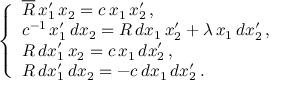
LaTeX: \; \; \; \; \; \left\{ \begin{array} { l } { { \overline { { { R } } } \, x _ { 1 } ^ { \prime } \, x _ { 2 } = c \, x _ { 1 } \, x _ { 2 } ^ { \prime } \, , } } \\ { { c ^ { - 1 } \, x _ { 1 } ^ { \prime } \, d x _ { 2 } = R \, d x _ { 1 } \, x _ { 2 } ^ { \prime } + \lambda \, x _ { 1 } \, d x _ { 2 } ^ { \prime } \, , } } \\ { { R \, d x _ { 1 } ^ { \prime } \, x _ { 2 } = c \, x _ { 1 } \, d x _ { 2 } ^ { \prime } \, , } } \\ { { R \, d x _ { 1 } ^ { \prime } \, d x _ { 2 } = - c \, d x _ { 1 } \, d x _ { 2 } ^ { \prime } \, . } } \end{array} \right.